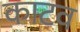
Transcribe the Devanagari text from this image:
काटव